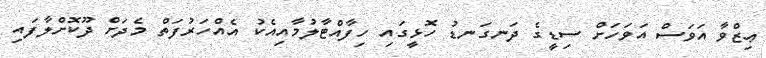
ޢިޒްވާ އަވަސް އަވަހަށް ސިޑީގެ ދަނގަނޑު ހޮޅީގައި ހިފާއްޓާލުމާއިއެކު އެއްހަރުފަތް މެދަށް ދޫކޮށްލާފައި